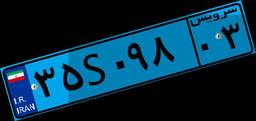
۶۶S۵۴۷۴۳